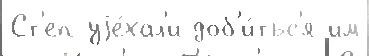
Ст'еп уjе́хал'и доб'и́тьс'я им